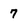
Character: 7